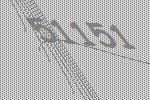
51151